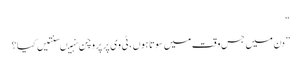
“
” دن میں جس وقت میں سوتا ہوں ، ٹی وی پر پروچن نہیںسنتیں کیا ؟